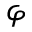
\varphi